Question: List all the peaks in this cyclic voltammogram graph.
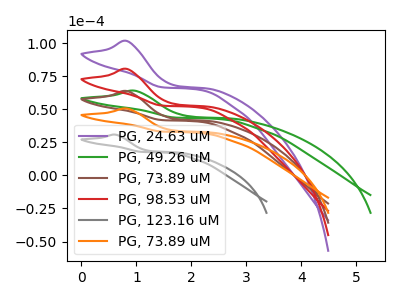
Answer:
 <answer>The purple curve "PG, 24.63 uM" has an anodic peak at: (0.85V, 191.25uA). The green curve "PG, 49.26 uM" has an anodic peak at: (0.95V, 64.00uA). The brown curve "PG, 73.89 uM" has an anodic peak at: (0.85V, 63.75uA). The red curve "PG, 98.53 uM" has an anodic peak at: (0.85V, 127.50uA). The gray curve "PG, 123.16 uM" has an anodic peak at: (0.60V, 30.80uA). The orange curve "PG, 73.89 uM" has an anodic peak at: (0.85V, 50.50uA).</answer>
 <eval></eval>